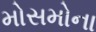
મોસમોના